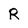
Character: R